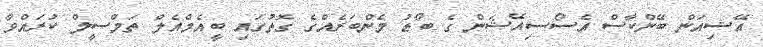
އޭޝިއަން ބޭންކާސް އެސޯސިއޭޝަން ގެ ބޯޑު މެންބަރެއްގެ ގޮތުގައި ބީއެމްއެލް ތަމްސީލް ކުރައްވާ